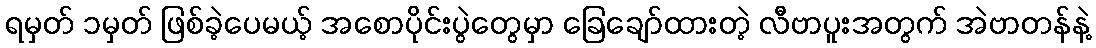
ရမှတ် ၁မှတ် ဖြစ်ခဲ့ပေမယ့် အစောပိုင်းပွဲတွေမှာ ခြေချော်ထားတဲ့ လီဗာပူးအတွက် အဲဗာတန်နဲ့